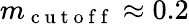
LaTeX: m_{\mathrm{~c~u~t~o~f~f~}}\approx 0.2